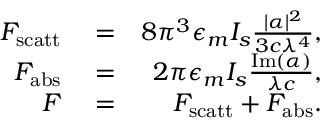
\begin{array} { r l r } { F _ { \mathrm { s c a t t } } } & { { } = } & { 8 \pi ^ { 3 } \epsilon _ { m } I _ { s } \frac { | \alpha | ^ { 2 } } { 3 c \lambda ^ { 4 } } , } \\ { F _ { \mathrm { a b s } } } & { { } = } & { 2 \pi \epsilon _ { m } I _ { s } \frac { \mathrm { I m } ( \alpha ) } { \lambda c } , } \\ { F } & { { } = } & { F _ { \mathrm { s c a t t } } + F _ { \mathrm { a b s } } . } \end{array}